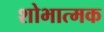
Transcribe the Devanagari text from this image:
शोभात्मक